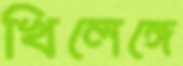
খিলেঙ্গে